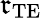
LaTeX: \mathfrak{r}_{\mathrm{{TE}}}